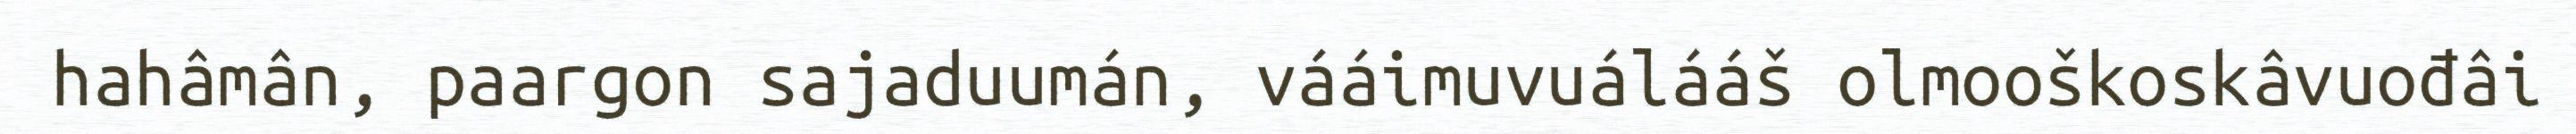
hahâmân, paargon sajaduumán, vááimuvuálááš olmooškoskâvuođâi